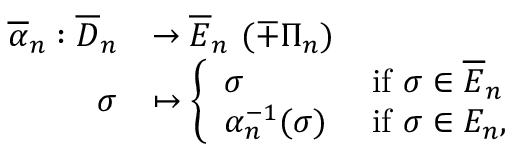
\begin{array} { r l } { \overline { { \alpha } } _ { n } : \overline { { D } } _ { n } } & { \rightarrow \overline { { E } } _ { n } \, \, ( \mp \Pi _ { n } ) } \\ { \sigma } & { \mapsto \left\{ \begin{array} { l l } { \sigma } & { \mathrm { ~ i f ~ } \sigma \in \overline { { E } } _ { n } } \\ { \alpha _ { n } ^ { - 1 } ( \sigma ) } & { \mathrm { ~ i f ~ } \sigma \in E _ { n } , } \end{array} \right. } \end{array}